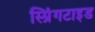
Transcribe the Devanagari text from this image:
स्प्रिंगटाइड